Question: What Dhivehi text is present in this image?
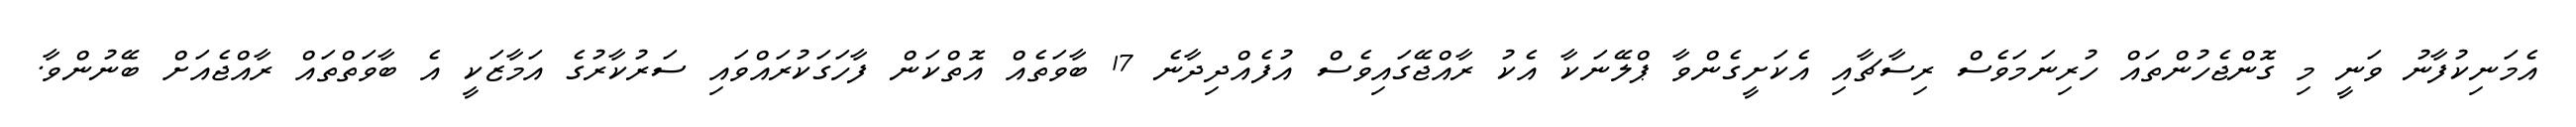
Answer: އެމަނިކުފާނު ވަނީ މި ގޮންޖެހުންތައް ހުރިނަމަވެސް ރިސާޗާއި އެކަށީގެންވާ ޕްލޭނަކާ އެކު ރާއްޖޭގައިވެސް އުފެއްދިދާނެ 17 ބާވަތެއް އޮތްކަން ފާހަގަކުރައްވައި ސަރުކާރުގެ އަމާޒަކީ އެ ބާވަތްތައް ރާއްޖެއަށް ބޭނުންވާ.